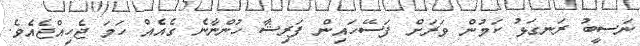
ނަސީބު ރަނގަޅު ކަމުން ވަރަށް ފަސޭހައިން ފަރިޝާ ހުންނާނެ ގެއެއް ހަމަ ޖެހިއްޖެއެވެ.